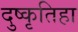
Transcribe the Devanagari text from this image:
दुष्कृतिहा